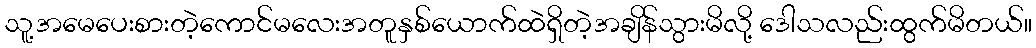
သူ့အမေပေးစားတဲ့ကောင်မလေးအတူနှစ်ယောက်ထဲရှိတဲ့အချိန်သွားမိလို့ ဒေါသလည်းထွက်မိတယ်။